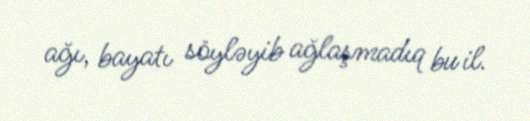
ağı, bayatı söyləyib ağlaşmadıq bu il.